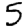
Digit: 5